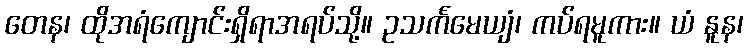
တေန၊ ထိုအရံကျောင်းရှိရာအရပ်သို့။ ဥသင်္ကမေယျံ၊ ကပ်ရမူကား။ ယံ နူန၊